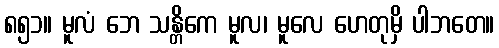
၈၅၁။ မူလံ ဘေ သန္တိကေ မူလ၊ မူလေ ဟေတုမှိ ပါဘတေ။